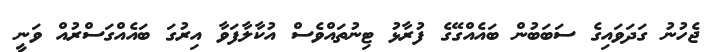
ޖެހުނު ގަދަވައިގެ ސަބަބުން ބައެއްގޭގެ ފުރާޅު ޓިނުތައްވެސް އުކާލާފަވާ އިރުގަ ބައެއްގަސްރުއް ވަނީ